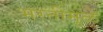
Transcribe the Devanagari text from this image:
भरतीमुळे